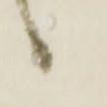
候